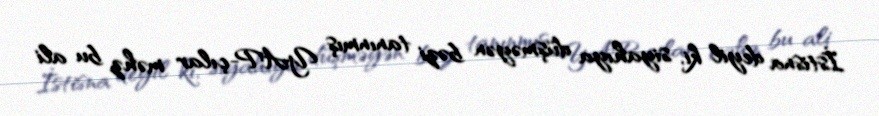
İstisna deyil ki, siyahıya düşməyən bəzi tanınmış YAP-çılar məhz bu ali